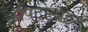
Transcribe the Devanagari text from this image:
कैपिटोलाइन